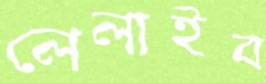
লেলাইব